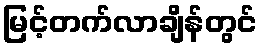
မြင့်တက်လာချိန်တွင်